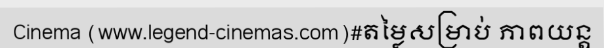
Cinema (www.legend-cinemas.com)#តម្លៃសម្រាប់ ភាពយន្ត